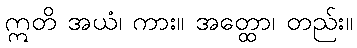
ဣတိ အယံ၊ ကား။ အတ္ထော၊ တည်း။